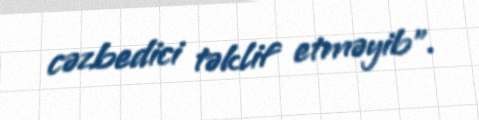
cəzbedici təklif etməyib".